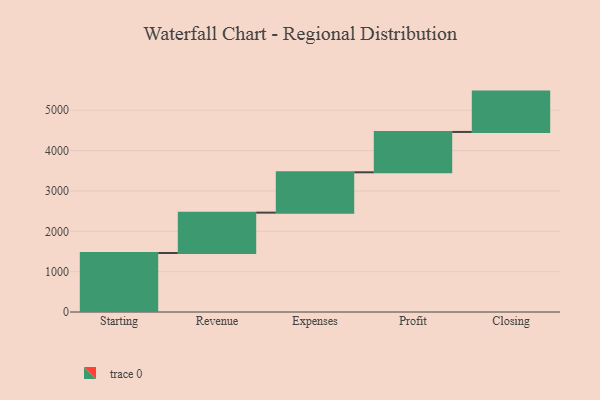
{"axis": {"x": "Step", "y": "Value"}, "legend": [""], "data": [{"x": "Starting", "y": 1463.0, "type": ""}, {"x": "Revenue", "y": 1000, "type": ""}, {"x": "Expenses", "y": 1000, "type": ""}, {"x": "Profit", "y": 1000, "type": ""}, {"x": "Closing", "y": 1000, "type": ""}]}